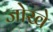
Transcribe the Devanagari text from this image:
जोखे